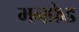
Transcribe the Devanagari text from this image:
मनफ्रेड